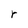
Character: r